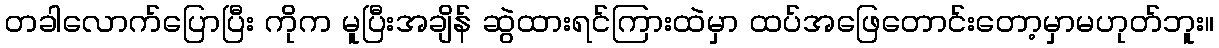
တခါလောက်ပြောပြီး ကိုက မူပြီးအချိန် ဆွဲထားရင်ကြားထဲမှာ ထပ်အဖြေတောင်းတော့မှာမဟုတ်ဘူး။